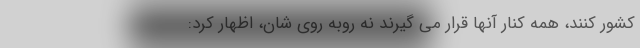
کشور کنند، همه کنار آنها قرار می گیرند نه روبه روی شان، اظهار کرد: